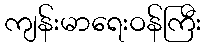
ကျန်းမာရေးဝန်ကြီး